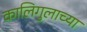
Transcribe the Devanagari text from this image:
कालिगुलाच्या